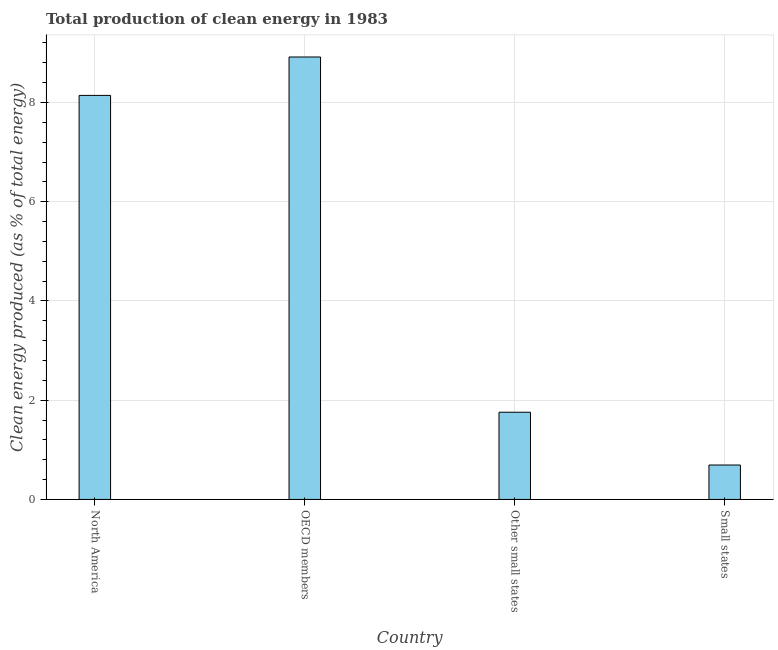
| Country | Alternative and nuclear energy |
 | --- | --- |
 | North America | 8.14 |
 | OECD members | 8.92 |
 | Other small states | 1.76 |
 | Small states | 0.694 |